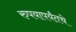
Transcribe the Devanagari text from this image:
रुपयापर्यंतचे